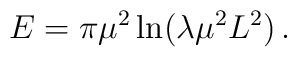
E=\pi \mu ^{2}\ln (\lambda\mu^2L^2)\,.